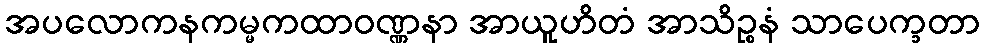
အပလောကနကမ္မကထာဝဏ္ဏနာ အာယူဟိတံ အာသိဉ္စနံ သာပေက္ခတာ